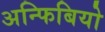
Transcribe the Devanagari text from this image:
अन्फिबियो